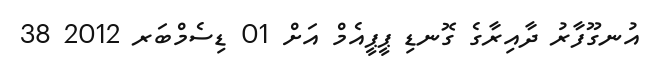
އުނގޫފާރު ދާއިރާގެ ގޮނޑި ޕީޕީއެމް އަށް 01 ޑިސެމްބަރ 2012 38